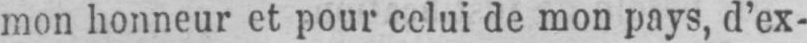
mon honneur et pour celui de mon pays, d’ex-